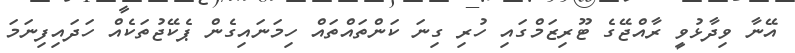
އޭނާ ވިދާޅުވީ ރާއްޖޭގެ ޓޫރިޒަމްގައި ހުރި ގިނަ ކަންތައްތައް ހިމަނައިގެން ޕެކޭޖުތަކެއް ހަދައިފިނަމަ